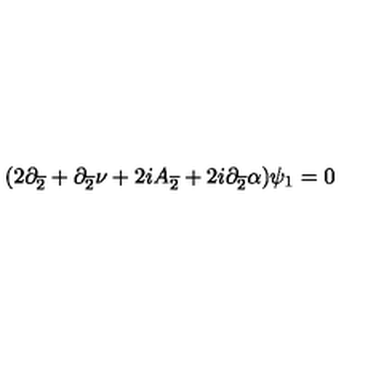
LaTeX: ( 2 \partial _ { \overline { { 2 } } } + \partial _ { \overline { { 2 } } } \nu + 2 i A _ { \overline { { 2 } } } + 2 i \partial _ { \overline { { 2 } } } \alpha ) \psi _ { 1 } = 0